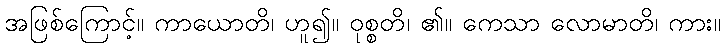
အဖြစ်ကြောင့်။ ကာယောတိ၊ ဟူ၍။ ဝုစ္စတိ၊ ၏။ ကေသာ လောမာတိ၊ ကား။